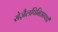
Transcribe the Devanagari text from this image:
सेज़ैलपिनिआपडी